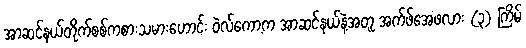
အာဆင်နယ်တိုက်စစ်ကစားသမားဟောင်း ဝဲလ်ကော့က အာဆင်နယ်နဲ့အတူ အက်ဖ်အေဖလား (၃) ကြိမ်